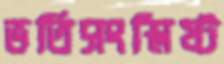
ভর্তিসংশ্লিষ্ট